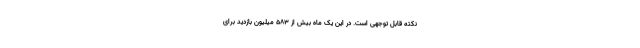
نکته قابل توجهی است. در این یک ماه بیش از ۵۸۳ میلیون بازدید برای